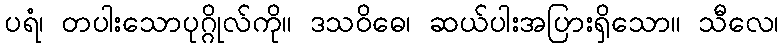
ပရံ၊ တပါးသောပုဂ္ဂိုလ်ကို။ ဒသဝိဓေ၊ ဆယ်ပါးအပြားရှိသော။ သီလေ၊